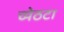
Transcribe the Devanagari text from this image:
च्येठटा